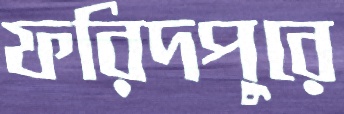
ফরিদপুরে